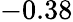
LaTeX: -0.38